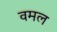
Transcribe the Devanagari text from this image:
वमल